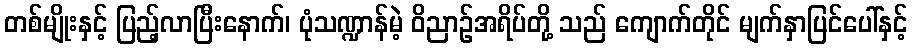
တစ်မျိုးနှင့် ပြည့်လာပြီးနောက်၊ ပုံသဏ္ဍာန်မဲ့ ဝိညာဉ်အရိပ်တို့ သည် ကျောက်တိုင် မျက်နှာပြင်ပေါ်နှင့်